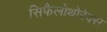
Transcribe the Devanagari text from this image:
सिफैलोथोरेक्स